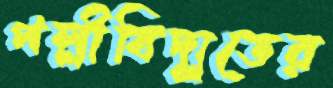
পল্লীবিদ্যুতের